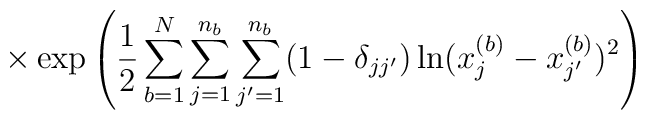
\times \exp \left( \frac{1}{2}\sum_{b=1}^N \sum_{j=1}^{n_b} \sum_{j^\prime=1}^{n_{b}}(1-\delta_{j j^\prime})\ln (x^{(b)}_j - x^{(b)}_{j^\prime})^2 \right)